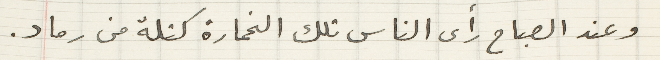
وعند الصباح رأى الناس تلك الخمارة كتلة من رماد.